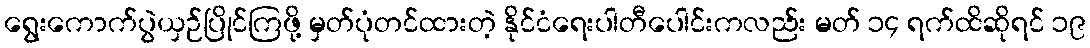
ရွေးကောက်ပွဲယှဉ်ပြိုင်ကြဖို့ မှတ်ပုံတင်ထားတဲ့ နိုင်ငံရေးပါတီပေါင်းကလည်း မတ် ၁၄ ရက်ထိဆိုရင် ၁၉